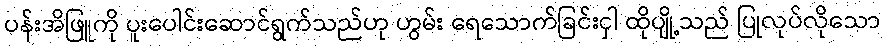
ပန်းအိဖြူကို ပူးပေါင်းဆောင်ရွက်သည်ဟု ဟွမ်း ရေသောက်ခြင်းငှါ ထိုပျို့သည် ပြုလုပ်လိုသော